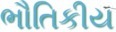
ભૌતિકીય